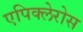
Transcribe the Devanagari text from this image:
एपिक्लेरोस